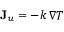
\mathbf { J } _ { u } = - k \, \nabla T